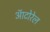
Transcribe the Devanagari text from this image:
ऑटोरेल